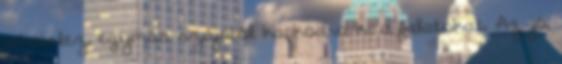
bekebelez, egymás szájából kapkodva ki a falatokat. Az jó,